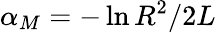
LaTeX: \alpha_{M}=-\ln{R^{2}}/2L